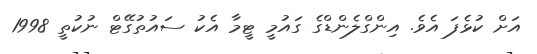
އަށް ކުޅެފަ އެވެ. އިންގްލެންޑްގެ ގައުމީ ޓީމާ އެކު ސައުތުގޭޓް ނުކުތީ 1998